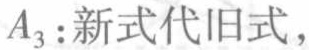
$A_{3}:新式代旧式,$